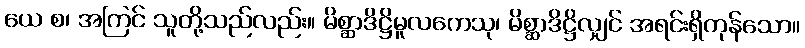
ယေ စ၊ အကြင် သူတို့သည်လည်း။ မိစ္ဆာဒိဋ္ဌိမူလကေသု၊ မိစ္ဆာဒိဋ္ဌိလျှင် အရင်းရှိကုန်သော။